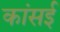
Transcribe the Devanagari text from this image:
कांसई